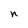
Character: n